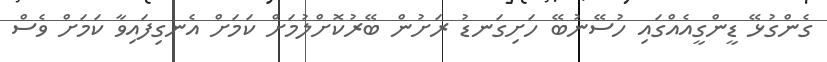
ގެންގުޅޭ ޑީންގީއެއްގައި ހުސޭނުބޭ ހަށިގަނޑު ރަށުން ބޭރުކޮށްލުމަށް ކަމަށް އެނގިފައިވާ ކަމަށް ވެސް